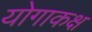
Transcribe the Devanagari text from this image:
योगाकक्ष